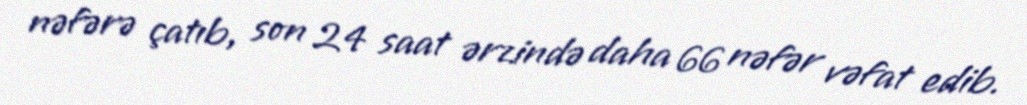
nəfərə çatıb, son 24 saat ərzində daha 66 nəfər vəfat edib.